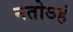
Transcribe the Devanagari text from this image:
नतोऽहं